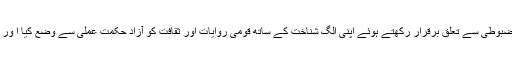
ترکی نے جمہوری اقدار کے ساتھ مضبوطی سے تعلق برقرار رکھتے ہوئے اپنی الگ شناخت کے ساتھ قومی روایات اور ثقافت کو آزاد حکمت عملی سے وضع کیا ا ور اس کو مضبوطی سے تھامے رکھا ۔